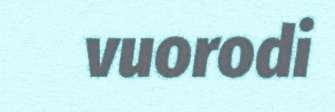
vuorodi